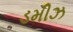
ડમીઝ